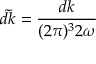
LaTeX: { \tilde { d k } } = { \frac { d k } { ( 2 \pi ) ^ { 3 } 2 \omega } }